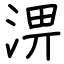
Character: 淠